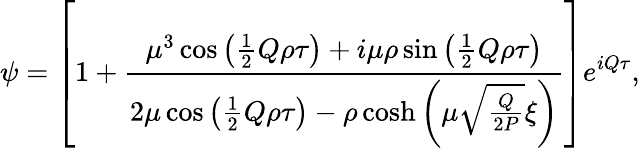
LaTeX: \psi=\left[1+\frac{\mu^{3}\cos\left(\frac{1}{2}Q\rho\tau\right)+i\mu\rho\sin\left(\frac{1}{2}Q\rho\tau\right)}{2\mu\cos\left(\frac{1}{2}Q\rho\tau\right)-\rho\cosh\left(\mu\sqrt{\frac{Q}{2P}}\xi\right)}\right]e^{iQ\tau},